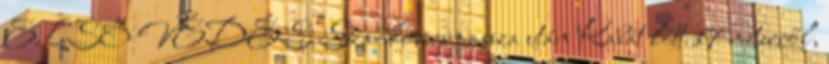
ELSŐ VÉDÉS Szankovics passza után Kabát lőtt 17 méterről,